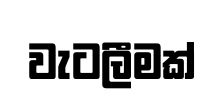
වැටලීමක්